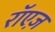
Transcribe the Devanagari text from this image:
रॉएज़